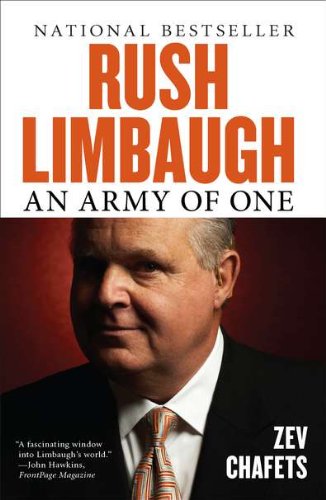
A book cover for Rush Limbaugh: An Army of One; Zev Chafets; Humor & Entertainment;